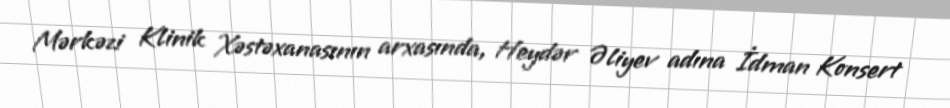
Mərkəzi Klinik Xəstəxanasının arxasında, Heydər Əliyev adına İdman Konsert